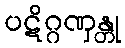
ပဋိဂ္ဂဏှန္တု